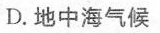
D.地中海气候